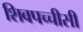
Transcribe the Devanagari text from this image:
शिवपच्चीसी